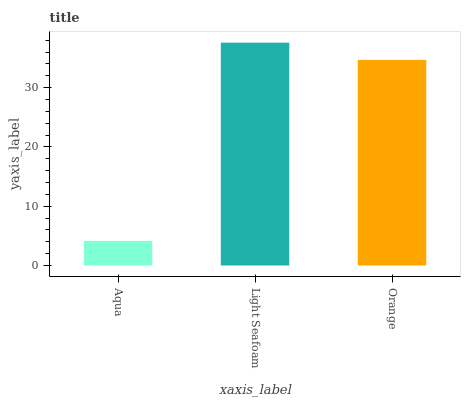
| xaxis_label | bars |
 | --- | --- |
 | Aqua | 4.15 |
 | Light Seafoam | 37.6 |
 | Orange | 34.7 |